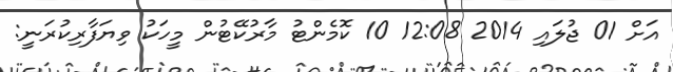
އަށް 01 ޖުލައި 2014 12:08 10 ކޮމެންޓު މާރުކޭޓުން މީހަކު ވިޔަފާރިކުރަނީ: